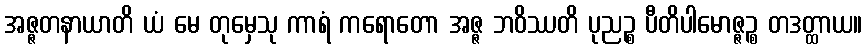
အဇ္ဇတနာယာတိ ယံ မေ တုမှေသု ကာရံ ကရောတော အဇ္ဇ ဘဝိဿတိ ပုညဉ္စ ပီတိပါမောဇ္ဇဉ္စ တဒတ္ထာယ။